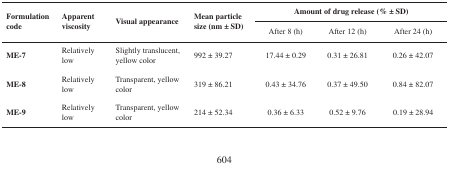
| <ROWSPAN=2> Formulation code | <ROWSPAN=2> Apparent viscosity | <ROWSPAN=2> Visual appearance | <ROWSPAN=2> Mean particle size (nm ± SD) | <COLSPAN=3> Amount of drug release (% ± SD) |
 | After 8 (h) | After 12 (h) | After 24 (h) |
 | --- | --- | --- | --- | --- | --- | --- |
 | ME-7 | Relatively low | Slightly translucent, yellow color | 992 ± 39.27 | 17.44 ± 0.29 | 0.31 ± 26.81 | 0.26 ± 42.07 |
 | ME-8 | Relatively low | Transparent, yellow color | 319 ± 86.21 | 0.43 ± 34.76 | 0.37 ± 49.50 | 0.84 ± 82.07 |
 | ME-9 | Relatively low | Transparent, yellow color | 214 ± 52.34 | 0.36 ± 6.33 | 0.52 ± 9.76 | 0.19 ± 28.94 |